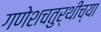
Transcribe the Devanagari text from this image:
गणेशचतुर्थीच्या